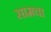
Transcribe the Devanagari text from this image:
सामचा